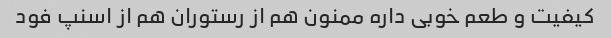
کیفیت و طعم خوبی داره ممنون هم از رستوران هم از اسنپ فود